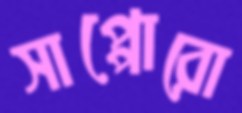
সাপ্পোরো